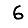
Digit: 6